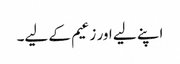
اپنے لیے اور زعیم کے لیے۔